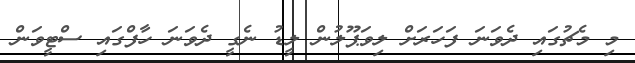
މި މެޗުގައި ދެވަނަ ފަހަރަށް ލިވަޕޫލުން ލީޑު ނެގީ ދެވަނަ ހާފްގައި ސްޓީވަން